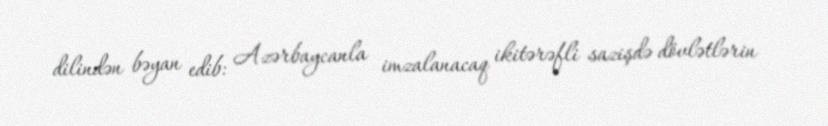
dilindən bəyan edib: Azərbaycanla imzalanacaq ikitərəfli sazişdə dövlətlərin